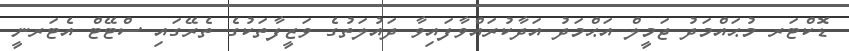
ޑޮކްޓަރ މުޙައްމަދު ޖަމީލް އަޙްމަދު އަދާކުރައްވާފައިވާ ދައުލަތުގެ ވަޒީފާތަކުގެ ތެރޭގައި ސްޓޭޓް އެޓަރނީ